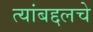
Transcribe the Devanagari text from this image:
त्यांबद्दलचे